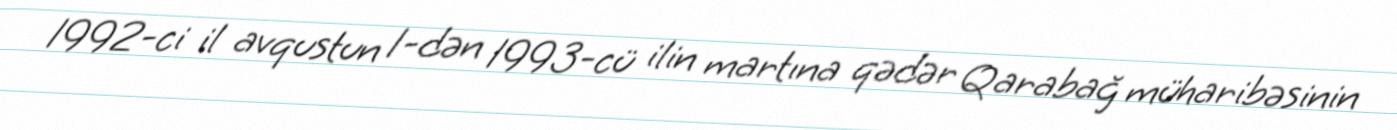
1992-ci il avqustun 1-dən 1993-cü ilin martına qədər Qarabağ müharibəsinin